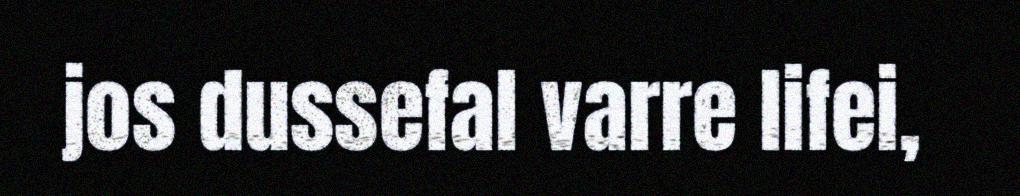
jos dussefal varre lifei,